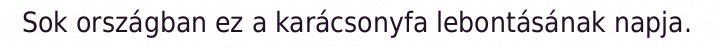
Sok országban ez a karácsonyfa lebontásának napja.